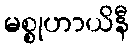
မစ္စုဟာယိနီ